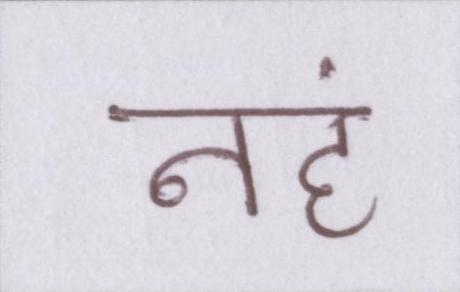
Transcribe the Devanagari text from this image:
नहं